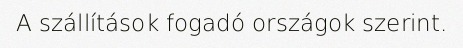
A szállítások fogadó országok szerint.